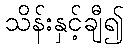
သိန်းနှင့်ချီ၍